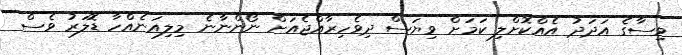
ވިސާގެ އަދަދު އެއްކޮށްލި ކަމަށް ވިޔަސް ދިވެހިރާއްޖެއަށް ނޯންނާނެ މިލިއަނެއްހާ ޑޮލަރު ވެސް